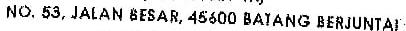
NO. 53, JALAN BESAR, 45600 BATANG BERJUNTAI